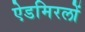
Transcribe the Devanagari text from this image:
ऐडमिरलों